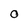
Character: O